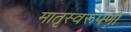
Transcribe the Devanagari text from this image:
मातृस्वरूपणी